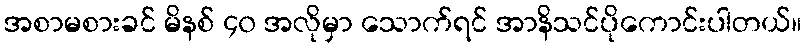
အစာမစားခင် မိနစ် ၄၀ အလိုမှာ သောက်ရင် အာနိသင်ပိုကောင်းပါတယ်။